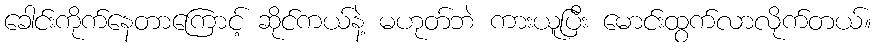
ခေါင်းကိုက်နေတာကြောင့် ဆိုင်ကယ်နဲ့ မဟုတ်ဘဲ ကားယူပြီး မောင်းထွက်လာလိုက်တယ်။